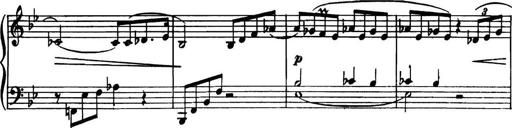
Title: Piano Sonatina in G minor
Composer: John Blackwood McEwen
Key: G minor